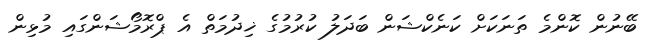
ބޭނުން ކޮންމެ ތަނަކަށް ކަނެކްޝަން ބަދަލު ކުރުމުގެ ޚިދުމަތް އެ ޕްރޮމޯޝަންގައި މުޅިން